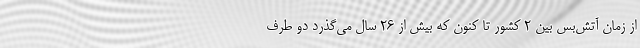
از زمان آتش‌بس بین 2 کشور تا کنون که بیش از 26 سال می‌گذرد دو طرف